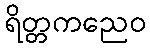
ရိတ္တကညေဝ